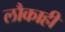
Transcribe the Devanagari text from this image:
लौकाही